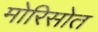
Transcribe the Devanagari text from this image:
मोरिसोत